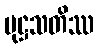
မုဋ္ဌသတိဿ